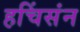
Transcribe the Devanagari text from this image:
हचिंसंन